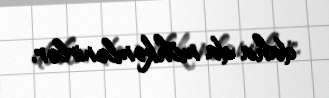
daha da möhkəmlənirlər.